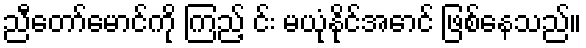
ညီတော်မောင်ကို ကြည့် င်း မယုံနိုင်အောင် ဖြစ်နေသည်။